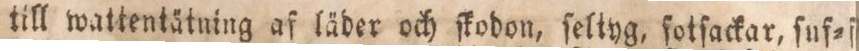
till wattentätning af läder och ſkodon, ſeltyg, ſotſackar, ſuf=